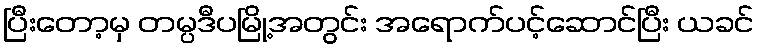
ပြီးတော့မှ တမ္ပဒီပမြို့အတွင်း အရောက်ပင့်ဆောင်ပြီး ယခင်